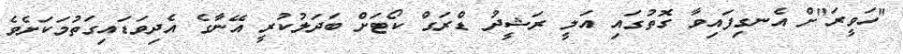
"ހަވީރަ"ށް އެނގިފައިވާ ގޮތުގައި އަލީ ރަޝީދު ޑްރަގް ކޯޓަށް ބަދަލުކުރީ އޭނާގެ އެދިވަޑައިގަތުމަކަށެވެ